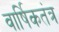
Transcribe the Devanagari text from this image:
वार्षिकतंत्र